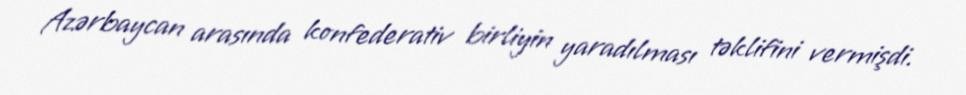
Azərbaycan arasında konfederativ birliyin yaradılması təklifini vermişdi.